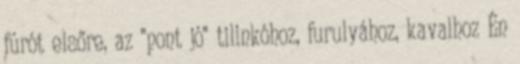
fúrót elsőre, az "pont jó" tilinkóhoz, furulyához, kavalhoz Én